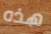
هذه